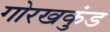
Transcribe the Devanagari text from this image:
गोरखकुंड